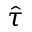
\hat { \tau }